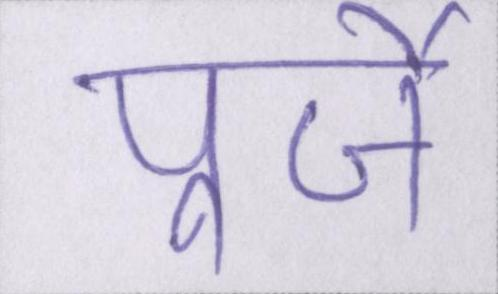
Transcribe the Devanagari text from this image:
पुर्जे